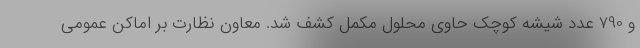
و 790 عدد شیشه کوچک حاوی محلول مکمل کشف شد. معاون نظارت بر اماکن عمومی